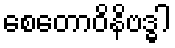
စေတောဝိနိဗဒ္ဓါ